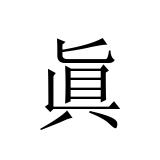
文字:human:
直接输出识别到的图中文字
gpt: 眞